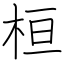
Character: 桓